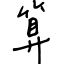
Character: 算